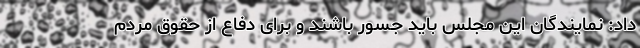
داد: نمایندگان این مجلس باید جسور باشند و برای دفاع از حقوق مردم